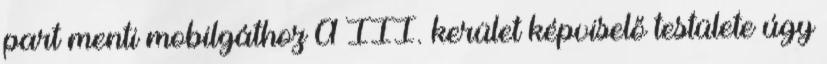
part menti mobilgáthoz A III. kerület képviselő testülete úgy